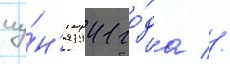
иу́н'я 1941 го́да //